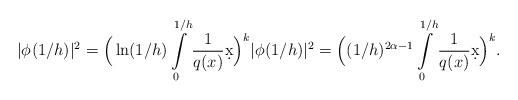
LaTeX: \begin{align*} |\phi_{}(1/h)|^2 = \Big(\ln(1/h) \int_0^{1/h} \limits \frac{1}{q_{} (x) } \d x \Big)^k |\phi_{}(1/h)|^2 = \Big( (1/h)^{2\alpha - 1} \int_0^{1/h} \limits \frac{1}{q_{} (x) } \d x \Big)^k.\end{align*}